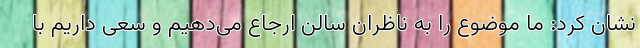
نشان کرد: ما موضوع را به ناظران سالن ارجاع می‌دهیم و سعی داریم با